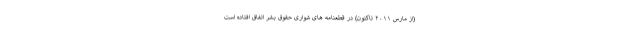
(از مارس ۲۰۱۱ تاکنون) در قطعنامه های شواری حقوق بشر اتفاق افتاده است